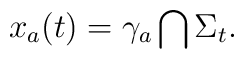
x_a(t)=\gamma _a\bigcap \Sigma_t.